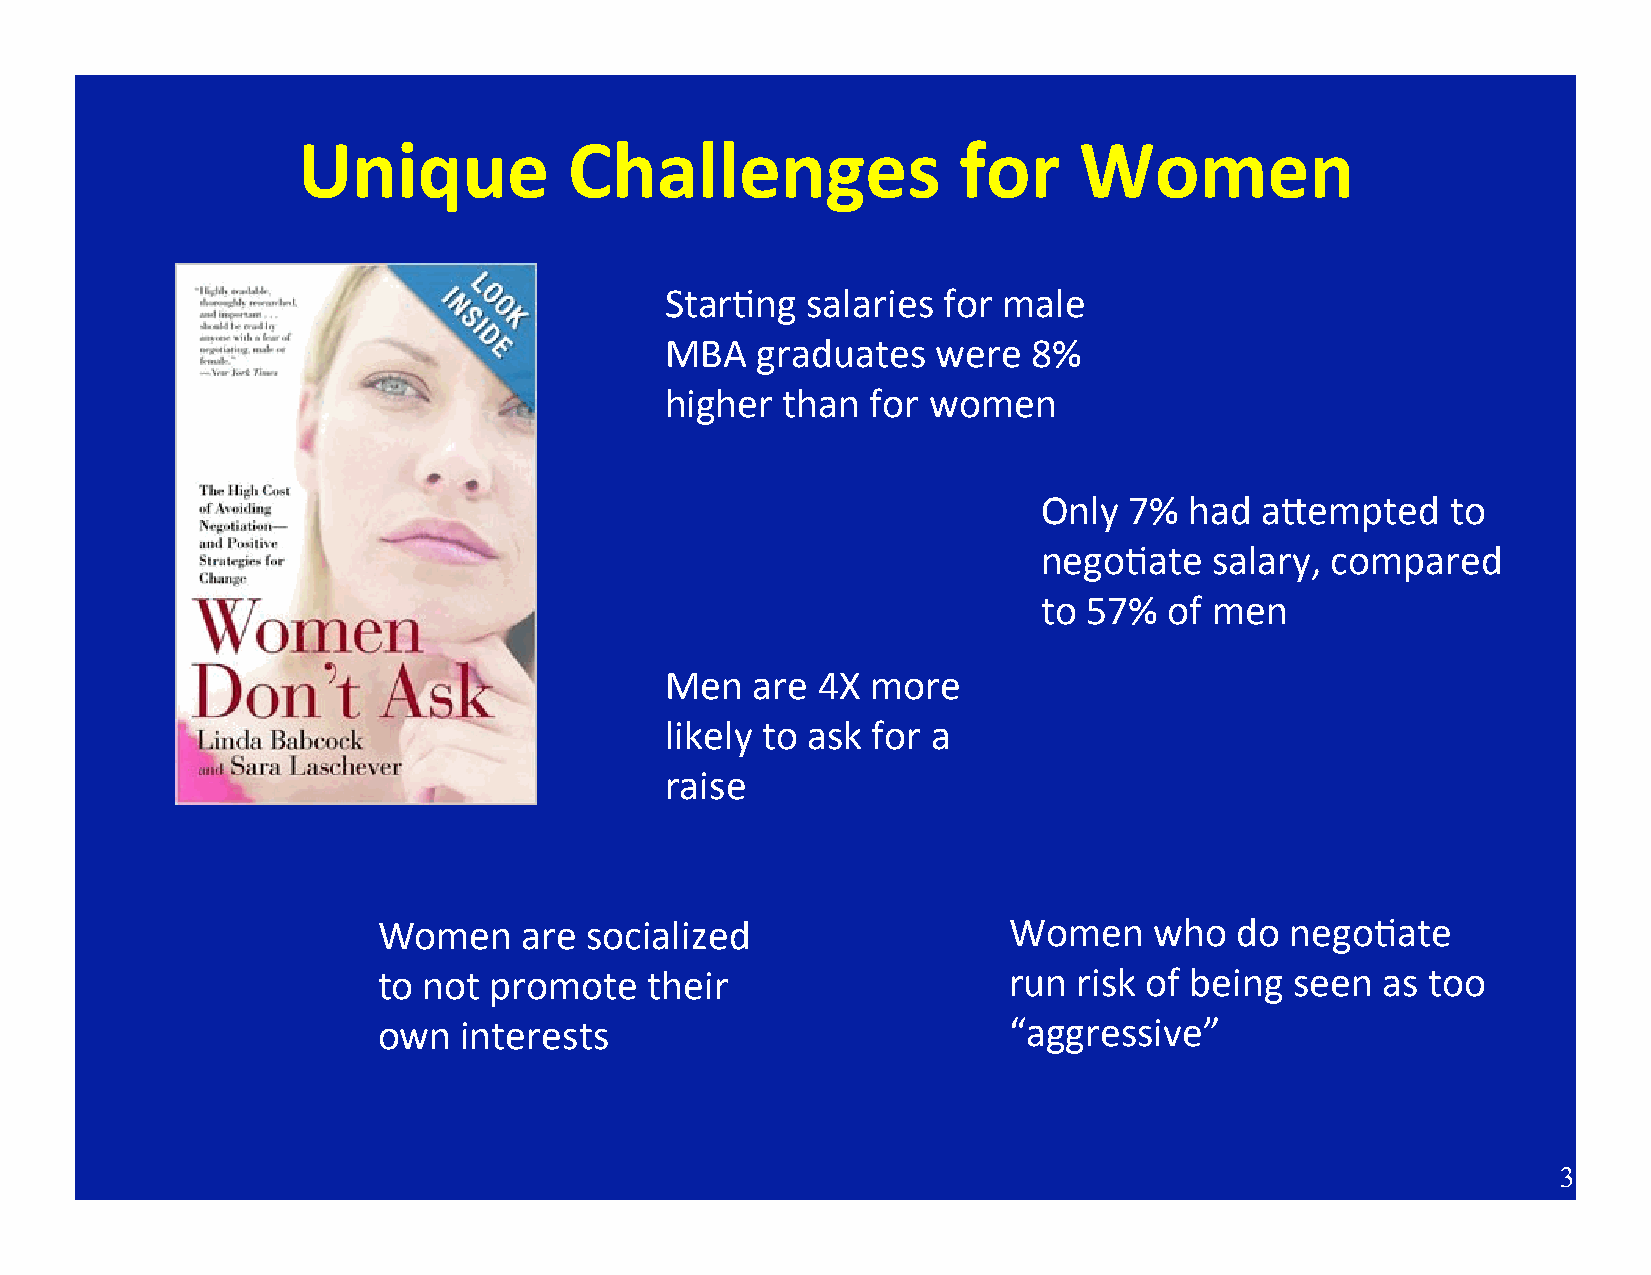
Unique            Challenges               for     Women
 Star;ng  salaries for male
 MBA   graduates   were  8%
 higher  than  for women
 Only  7%  had aCempted     to
 nego;ate   salary, compared
 to 57%  of men
 Men   are 4X  more
 likely to ask for a
 raise
 Women     are socialized                  Women    who   do nego;ate
 to not promote    their                   run risk of being  seen as too
 own  interests                            “aggressive”
 3